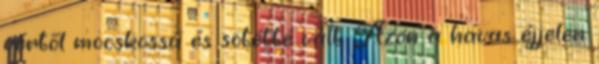
vértől mocskossá és sötétté vált. Azon a havas éjjelen